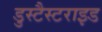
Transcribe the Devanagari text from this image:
डुस्टैस्टराइड